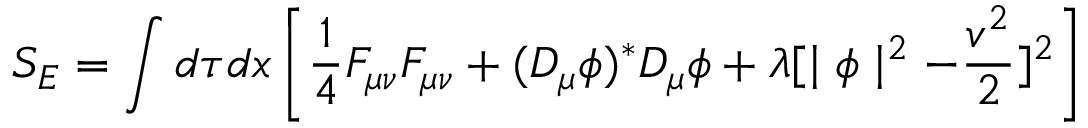
S _ { E } = \int d \tau d x \left[ \frac { 1 } { 4 } F _ { \mu \nu } F _ { \mu \nu } + ( D _ { \mu } \phi ) ^ { \ast } D _ { \mu } \phi + \lambda [ \mid \phi \mid ^ { 2 } - \frac { v ^ { 2 } } { 2 } ] ^ { 2 } \right]